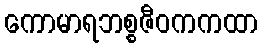
ကောမာရဘစ္စဇီဝကကထာ